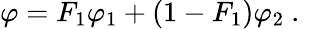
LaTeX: \varphi={F_{1}}{\varphi_{1}}+\left({1-{F_{1}}}\right){\varphi_{2}}\mathrm{~.~}